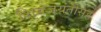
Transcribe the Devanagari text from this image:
शिवजयंतीसह